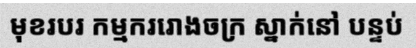
មុខរបរ កម្មកររោងចក្រ ស្នាក់នៅ បន្ទប់